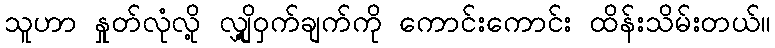
သူဟာ နှုတ်လုံလို့ လျှို့ဝှက်ချက်ကို ကောင်းကောင်း ထိန်းသိမ်းတယ်။